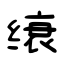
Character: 缞